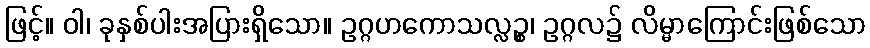
ဖြင့်။ ဝါ၊ ခုနှစ်ပါးအပြားရှိသော။ ဥဂ္ဂဟကောသလ္လဉ္စ၊ ဥဂ္ဂလ၌ လိမ္မာကြောင်းဖြစ်သော